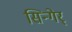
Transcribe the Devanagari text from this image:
सिन्गेर्